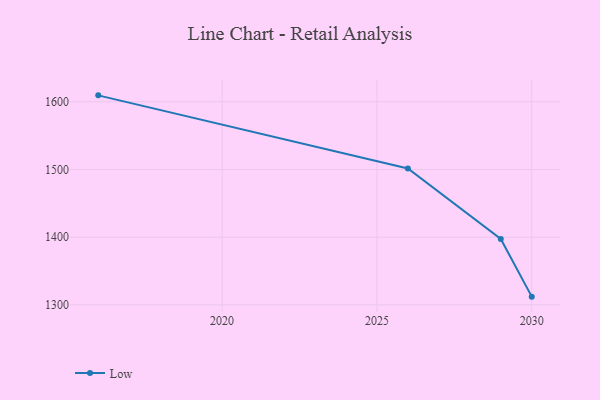
{"axis": {"x": "Year", "y": "Humidity (%)"}, "legend": ["Low"], "data": [{"x": "2030", "y": 1312.1, "type": "Low"}, {"x": "2029", "y": 1397.4, "type": "Low"}, {"x": "2026", "y": 1501.4, "type": "Low"}, {"x": "2016", "y": 1609.5, "type": "Low"}]}